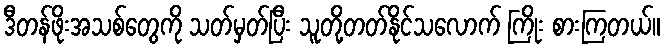
ဒီတန်ဖိုးအသစ်တွေကို သတ်မှတ်ပြီး သူတို့တတ်နိုင်သလောက် ကြိုး စားကြတယ်။